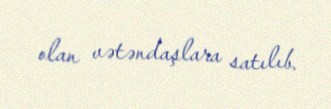
olan vətəndaşlara satılıb.